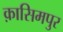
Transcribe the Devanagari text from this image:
क़ासिमपुर